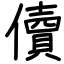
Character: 儥